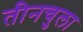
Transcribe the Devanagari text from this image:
तीनचुला